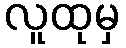
လူထုမှ